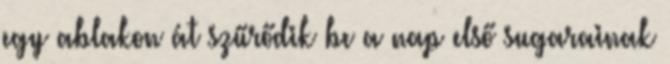
egy ablakon át szűrődik be a nap első sugarainak